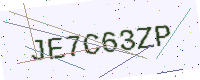
Text: JE7C63ZP